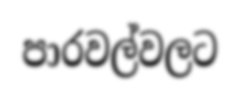
පාරවල්වලට